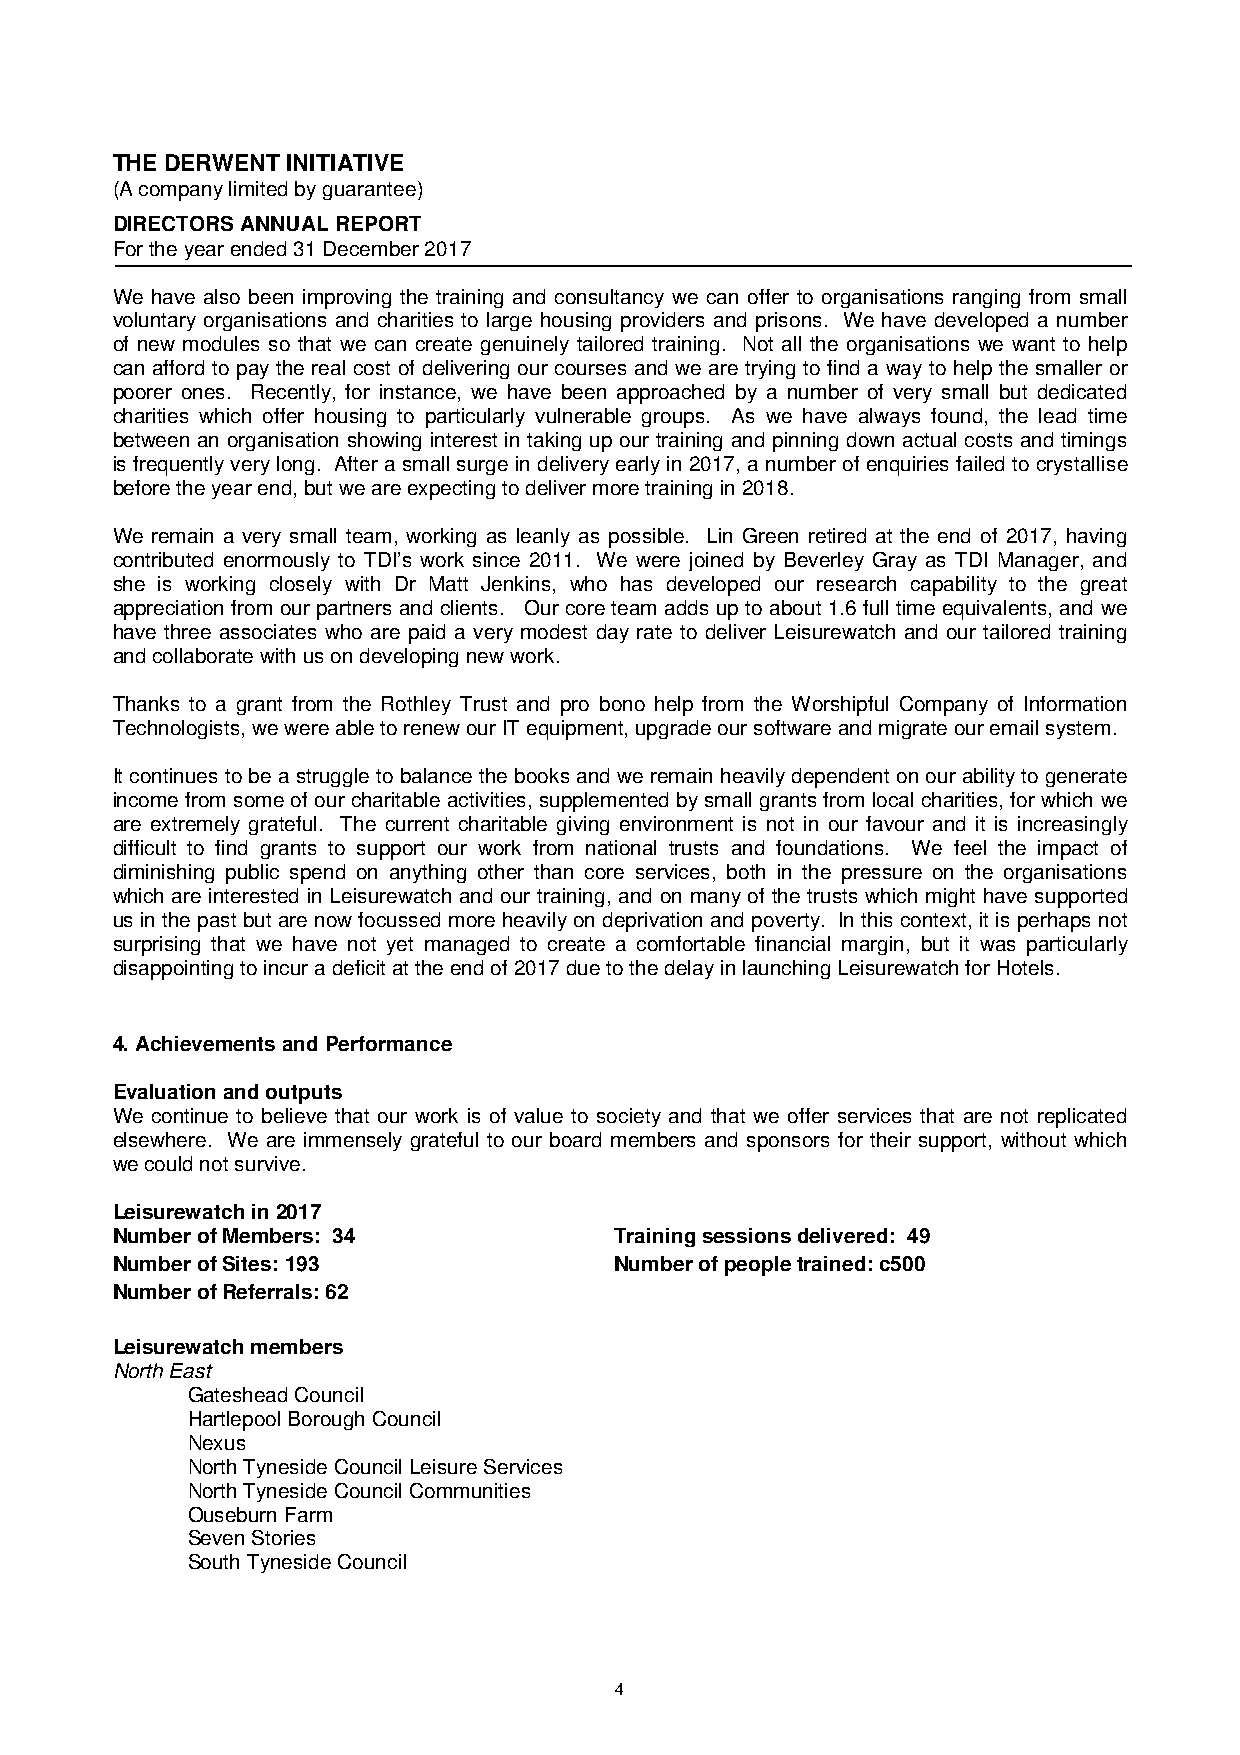
THE DERWENT INITIATIVE
 (A company limited by guarantee)
 DIRECTORS ANNUAL REPORT
 For the year ended 31 December 2017
 We have also been improving the training and consultancy we can offer to organisations ranging from small
 voluntary organisations and charities to large housing providers and prisons. We have developed a number
 of new modules so that we can create genuinely tailored training. Not all the organisations we want to help
 can afford to pay the real cost of delivering our courses and we are trying to find a way to help the smaller or
 poorer ones. Recently, for instance, we have been approached by a number of very small but dedicated
 charities which offer housing to particularly vulnerable groups. As we have always found, the lead time
 between an organisation showing interest in taking up our training and pinning down actual costs and timings
 is frequently very long. After a small surge in delivery early in 2017, a number of enquiries failed to crystallise
 before the year end, but we are expecting to deliver more training in 2018.
 We remain a very small team, working as leanly as possible. Lin Green retired at the end of 2017, having
 contributed enormously to TDI’s work since 2011. We were joined by Beverley Gray as TDI Manager, and
 she is working closely with Dr Matt Jenkins, who has developed our research capability to the great
 appreciation from our partners and clients. Our core team adds up to about 1.6 full time equivalents, and we
 have three associates who are paid a very modest day rate to deliver Leisurewatch and our tailored training
 and collaborate with us on developing new work.
 Thanks to a grant from the Rothley Trust and pro bono help from the Worshipful Company of Information
 Technologists, we were able to renew our IT equipment, upgrade our software and migrate our email system.
 It continues to be a struggle to balance the books and we remain heavily dependent on our ability to generate
 income from some of our charitable activities, supplemented by small grants from local charities, for which we
 are extremely grateful. The current charitable giving environment is not in our favour and it is increasingly
 difficult to find grants to support our work from national trusts and foundations. We feel the impact of
 diminishing public spend on anything other than core services, both in the pressure on the organisations
 which are interested in Leisurewatch and our training, and on many of the trusts which might have supported
 us in the past but are now focussed more heavily on deprivation and poverty. In this context, it is perhaps not
 surprising that we have not yet managed to create a comfortable financial margin, but it was particularly
 disappointing to incur a deficit at the end of 2017 due to the delay in launching Leisurewatch for Hotels.
 4.Achievements and Performance
 Evaluation and outputs
 We continue to believe that our work is of value to society and that we offer services that are not replicated
 elsewhere. We are immensely grateful to our board members and sponsors for their support, without which
 we could not survive.
 Leisurewatch in 2017
 Number of Members: 34             Training sessions delivered: 49
 Number of Sites: 193              Number of people trained: c500
 Number of Referrals: 62
 Leisurewatch members
 North East
 Gateshead Council
 Hartlepool Borough Council
 Nexus
 North Tyneside Council Leisure Services
 North Tyneside Council Communities
 Ouseburn Farm
 Seven Stories
 South Tyneside Council
 4